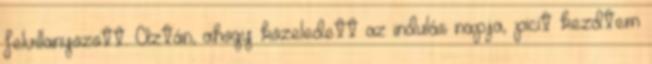
felvillanyozott. Aztán, ahogy közeledett az indulás napja, picit kezdtem